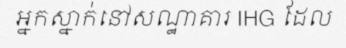
អ្នកស្នាក់នៅសណ្ឋាគារ IHG ដែល